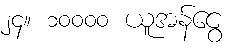
၂၄။ ၁၀၀၀၀ ယူအန်ငွေ